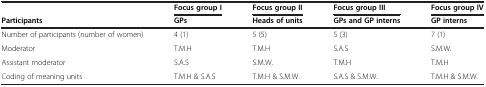
<table><thead><tr><td><b> </b></td><td><b>Focus group I</b></td><td><b>Focus group II</b></td><td><b>Focus group III</b></td><td><b>Focus group IV</b></td></tr><tr><td><b>Participants</b></td><td><b>GPs</b></td><td><b>Heads of units</b></td><td><b>GPs and GP interns</b></td><td><b>GP interns</b></td></tr></thead><tbody><tr><td>Number of participants (number of women)</td><td>4 (1)</td><td>5 (5)</td><td>5 (3)</td><td>7 (1)</td></tr><tr><td>Moderator</td><td>T.M.H</td><td>T.M.H</td><td>S.A.S</td><td>S.M.W.</td></tr><tr><td>Assistant moderator</td><td>S.A.S</td><td>S.M.W.</td><td>T.M.H</td><td>T.M.H</td></tr><tr><td>Coding of meaning units</td><td>T.M.H &amp; S.A.S</td><td>T.M.H &amp; S.M.W.</td><td>S.A.S &amp; S.M.W.</td><td>T.M.H &amp; S.M.W.</td></tr></tbody></table>